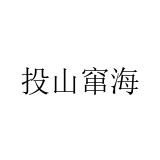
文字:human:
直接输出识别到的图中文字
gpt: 投山窜海